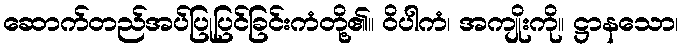
ဆောက်တည်အပ်ပြုပြင်ခြင်းကံတို့၏။ ဝိပါကံ၊ အကျိုးကို။ ဋ္ဌာနသော၊